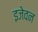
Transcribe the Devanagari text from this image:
इजेवन